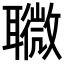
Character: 𦗸